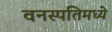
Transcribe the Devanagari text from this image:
वनस्पतिमध्ये